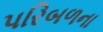
પરિબળના